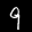
Label: 9